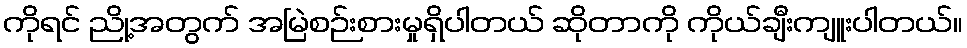
ကိုရင် ညို့အတွက် အမြဲစဉ်းစားမှုရှိပါတယ် ဆိုတာကို ကိုယ်ချီးကျူးပါတယ်။